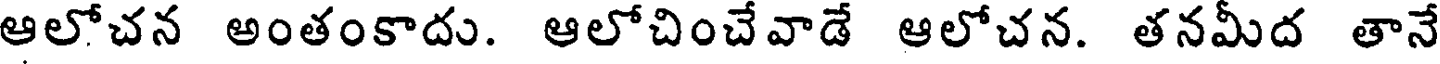
ఆలోచన అంతంకాదు. ఆలోచించేవాడే ఆలోచన. తనమీద తానే